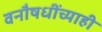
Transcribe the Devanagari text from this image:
वनौषधींच्याही